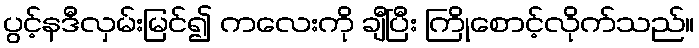
ပွင့်နဒီလှမ်းမြင်၍ ကလေးကို ချီပြီး ကြိုစောင့်လိုက်သည်။